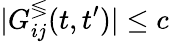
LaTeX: |G_{ij}^{\lessgtr}(t,t^{\prime})|\leq c